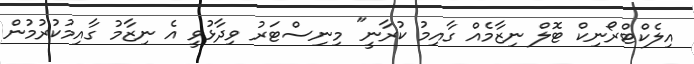
އިލެކްޓްރޯނިކް ޓޮލް ނިޒާމެއް ގާއިމު ކުރާނީ" މިނިސްޓަރު ވިދާޅުވީ އެ ނިޒާމު ގާއިމުކުރުމުން